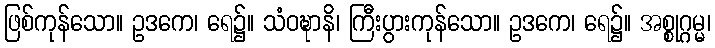
ဖြစ်ကုန်သော။ ဥဒကေ၊ ရေ၌။ သံဝဍ္ဎာနိ၊ ကြီးပွားကုန်သော။ ဥဒကေ၊ ရေ၌။ အစ္စုဂ္ဂမ္မ၊